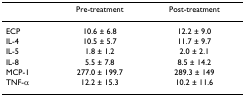
<table><thead><tr><td></td><td><b>Pre-treatment</b></td><td><b>Post-treatment</b></td></tr></thead><tbody><tr><td>ECP</td><td>10.6 ± 6.8</td><td>12.2 ± 9.0</td></tr><tr><td>IL-4</td><td>10.5 ± 5.7</td><td>11.7 ± 9.7</td></tr><tr><td>IL-5</td><td>1.8 ± 1.2</td><td>2.0 ± 2.1</td></tr><tr><td>IL-8</td><td>5.5 ± 7.8</td><td>8.5 ± 14.2</td></tr><tr><td>MCP-1</td><td>277.0 ± 199.7</td><td>289.3 ± 149</td></tr><tr><td>TNF-α</td><td>12.2 ± 15.3</td><td>10.2 ± 11.6</td></tr></tbody></table>